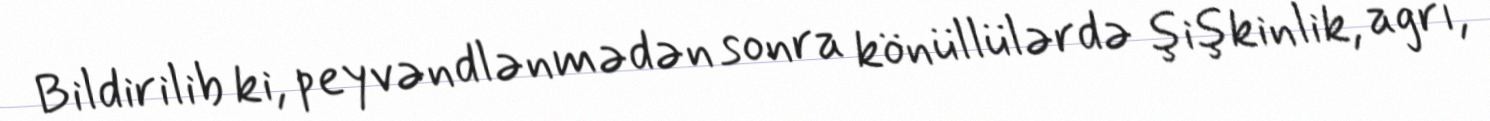
Bildirilib ki, peyvəndlənmədən sonra könüllülərdə şişkinlik, ağrı,